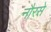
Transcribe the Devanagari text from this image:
नौरसे